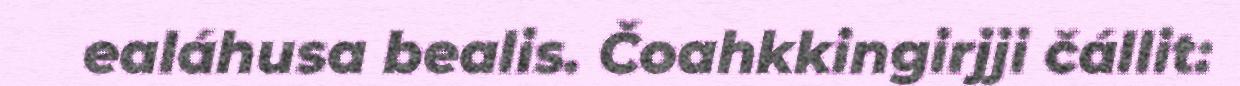
ealáhusa bealis. Čoahkkingirjji čállit: